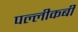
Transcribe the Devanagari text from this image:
पल्लीकबी